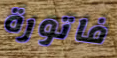
فاتورة